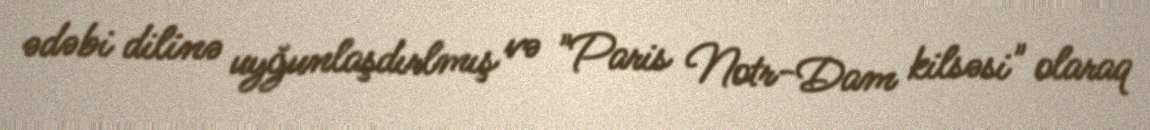
ədəbi dilinə uyğunlaşdırlmış və "Paris Notr-Dam kilsəsi" olaraq